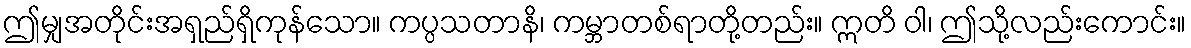
ဤမျှအတိုင်းအရှည်ရှိကုန်သော။ ကပ္ပသတာနိ၊ ကမ္ဘာတစ်ရာတို့တည်း။ ဣတိ ဝါ၊ ဤသို့လည်းကောင်း။